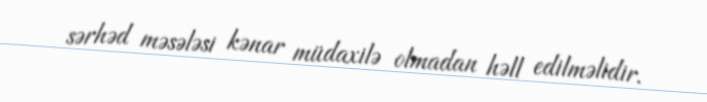
sərhəd məsələsi kənar müdaxilə olmadan həll edilməlidir.